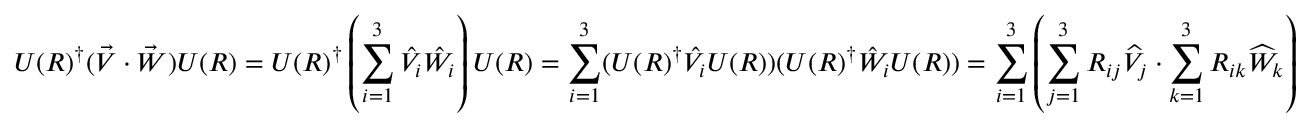
{ U ( R ) } ^ { \dagger } ( { \vec { V } } \cdot { \vec { W } } ) U ( R ) = { U ( R ) } ^ { \dagger } \left( \sum _ { i = 1 } ^ { 3 } { \hat { V _ { i } } } { \hat { W _ { i } } } \right) U ( R ) = \sum _ { i = 1 } ^ { 3 } ( { U ( R ) } ^ { \dagger } { \hat { V } } _ { i } U ( R ) ) ( { U ( R ) } ^ { \dagger } { \hat { W } } _ { i } U ( R ) ) = \sum _ { i = 1 } ^ { 3 } \left( \sum _ { j = 1 } ^ { 3 } R _ { i j } { \widehat { V } } _ { j } \cdot \sum _ { k = 1 } ^ { 3 } R _ { i k } { \widehat { W } } _ { k } \right)